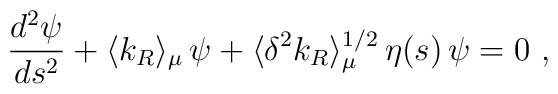
{{d^2\psi}\over{ds^2}}+ \langle k_R\rangle_\mu\,\psi + \langle\delta^2 k_R\rangle_\mu^{1/2}\,\eta (s)\,\psi = 0~,